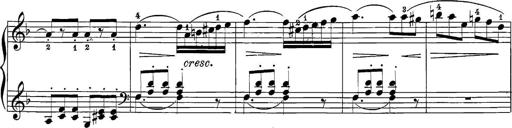
Title: 12 Sonatine per Pianoforte
Composer: Friedrich Kuhlau